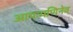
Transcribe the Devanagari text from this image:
आपःपणिनेव